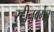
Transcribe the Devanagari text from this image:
स्टीनबर्गेन